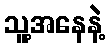
သူ့အနေနဲ့